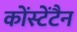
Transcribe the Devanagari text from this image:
कोंस्टेंटैन